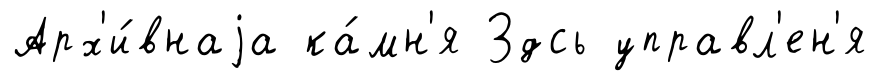
Арх'и́внаjа ка́мн'я Здсь управл'ен'я